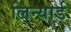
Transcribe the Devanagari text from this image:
लिन्यार्ड